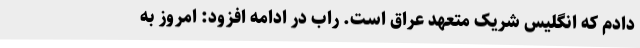
دادم که انگلیس شریک متعهد عراق است. راب در ادامه افزود: امروز به